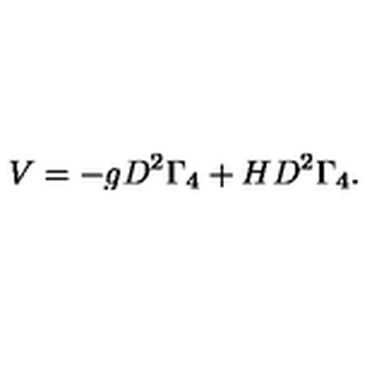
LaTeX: V = - g D ^ { 2 } \Gamma _ { 4 } + H D ^ { 2 } \Gamma _ { 4 } .